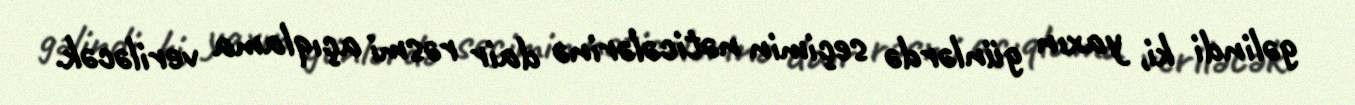
gəlindi ki, yaxın günlərdə seçimin nəticələrinə dair rəsmi açıqlama veriləcək.